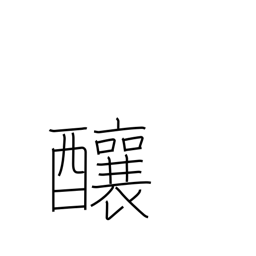
Meaning: cause